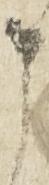
申